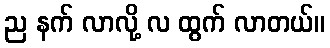
ည နက် လာလို့ လ ထွက် လာတယ်။